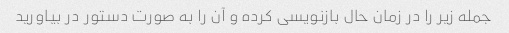
جمله زیر را در زمان حال بازنویسی کرده و آن را به صورت دستور در بیاورید